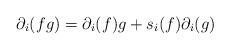
LaTeX: \begin{align*}\partial_i(f g) = \partial_i(f) g + s_i(f) \partial_i(g)\end{align*}